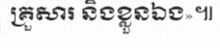
គ្រួសារ និងខ្លួនឯង»៕